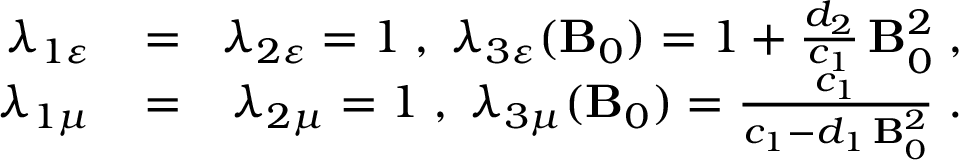
\begin{array} { r l r } { \lambda _ { 1 \varepsilon } \! } & { { } = } & { \! \lambda _ { 2 \varepsilon } = 1 \; , \; \lambda _ { 3 \varepsilon } ( { \bf B } _ { 0 } ) = 1 + \frac { d _ { 2 } } { c _ { 1 } } \, { \bf B } _ { 0 } ^ { 2 } \; , } \\ { \lambda _ { 1 \mu } \! } & { { } = } & { \! \lambda _ { 2 \mu } = 1 \; , \; \lambda _ { 3 \mu } ( { \bf B } _ { 0 } ) = \frac { c _ { 1 } } { c _ { 1 } - d _ { 1 } \, { \bf B } _ { 0 } ^ { 2 } } \; . } \end{array}